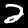
Digit: 2